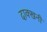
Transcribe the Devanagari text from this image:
दाक्खनी